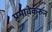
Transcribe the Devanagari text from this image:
प्रभावेकरुन